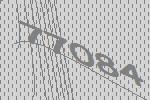
77084